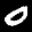
Label: 0